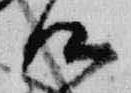
候